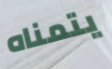
يتمناه